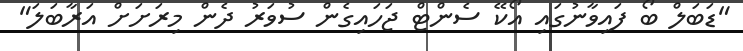
"ޑަބަލް ބޯ ފައިވާނުގައި އޯކޭ ސެންޓް ޖަހައިގެން ސުވަރު ދެން މިރަށަށް އަރާބަލަ"